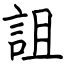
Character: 詛